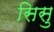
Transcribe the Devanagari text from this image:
सिसु